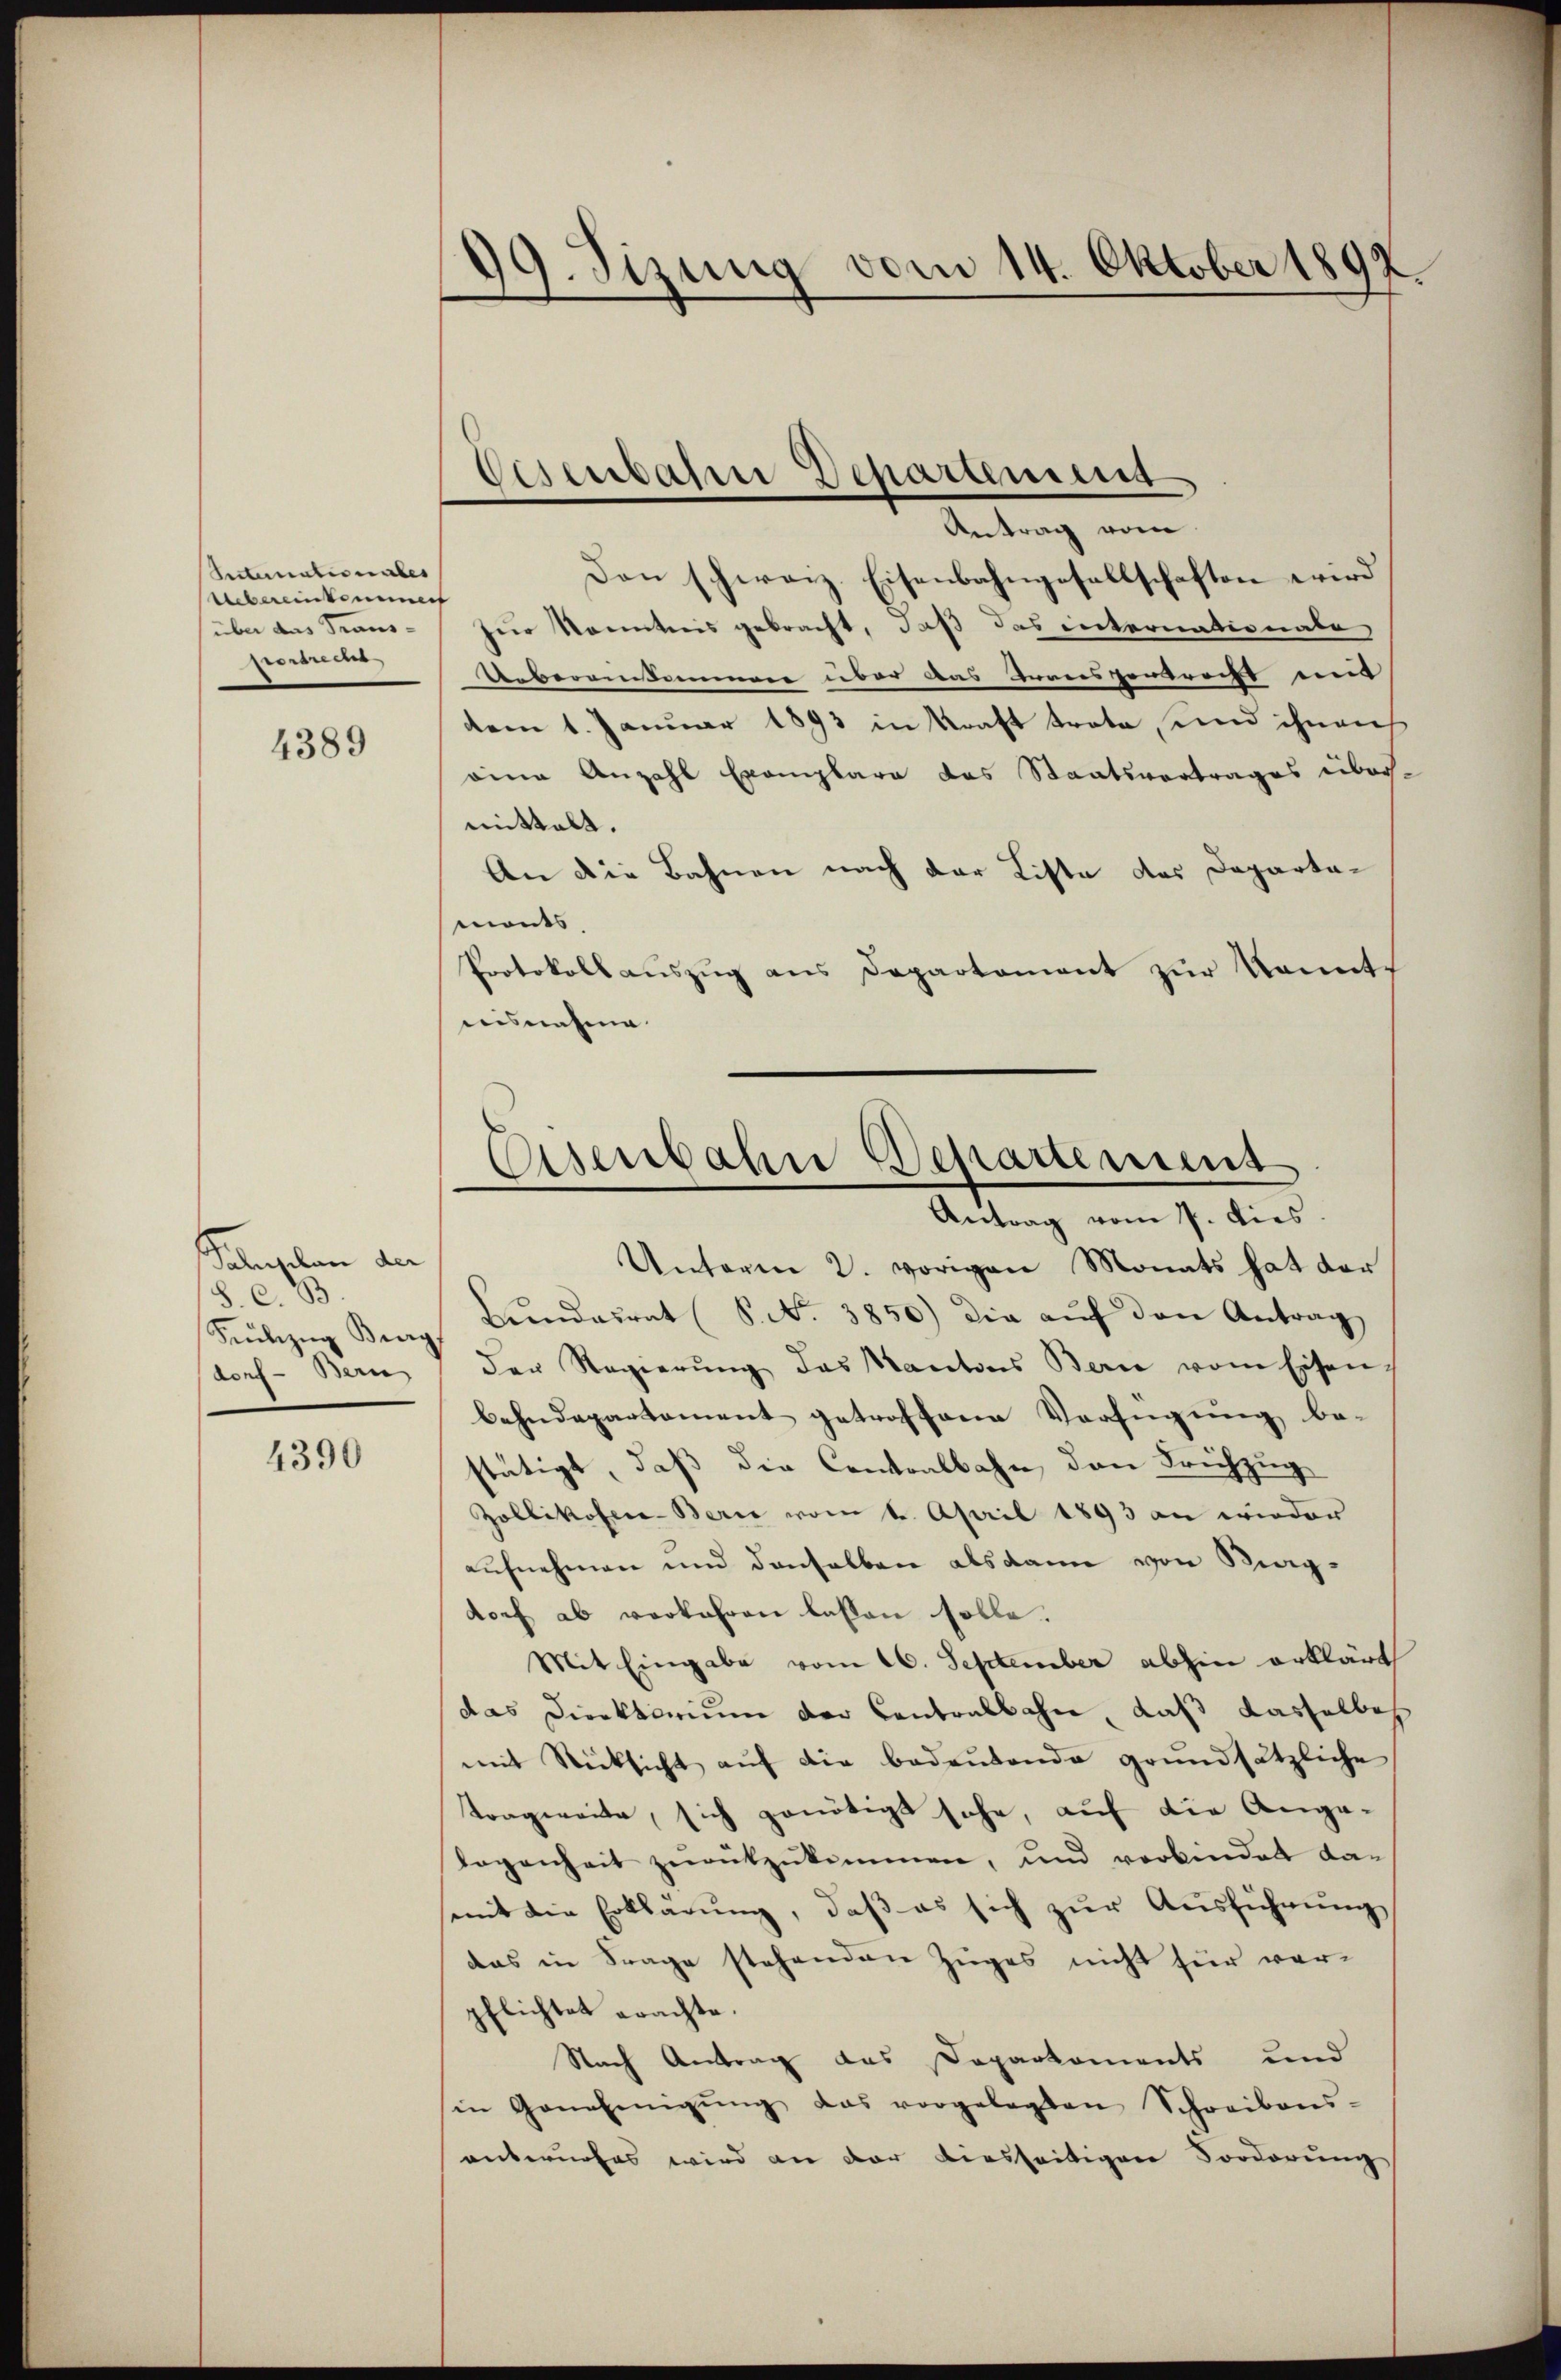
Sectemationales
Uebereinkommen
über das Trans-
Verbreche

4389

Saliselon der
8. C. B
Seübezŭg Bieg
dorf - Bern

4390

Den schweiz. Eisenbahngesellschaften wird
fer kanntnis gebracht, daß das internationate,
Ueberaussammen über das Feriesverbrecht mi
dem 1. Januar 1893 in Kraft trete, und ihnen
eine Anzahl Exemplare das Staatsvertrages über-
mittelt.
An die Bahnen nach der Liste das Departamonts
Protokoll auszug aus Departement zur konnte
nisnahme
Unterm 2. vorigen Monats hat der
Bŭndesrat (S. No. 3850) die aŭf den Antrag
der Regierŭng das Kantons Bern vom Eisen,
behndepartement getroffene Verfügung be-
stätigt, daß die Centralbahn, den Frühzug
Zollikofer-Berie vom 1. April 1893 an wieder
aufnehmen und denselben alsdann von Magdorf ab verfahren lassen solle.
Mit Eingabe vom 16. September abhin erklärt
das Direktorium der Cantonsbahn, daß dasselbes
mit Rücksicht aŭf die bedeŭtende grundsätzliche
Tragweite, sich genötigt sehe, auf die Angalogenheit zurükzukommen, und verbindet da-
mit die Erklärŭng, daβ es sich zŭr Aŭsführŭng
das in Frage stehenden Zuges nicht für verpflichtet erachte.
Nach Antrag das Daparkoments und
in Genehmigŭng das vorgelegten Schreibens-
anberufes wird an der diesseitigen Forderung

99. Sizung vom 14. Oktober 1892.

Cosenbahre Departement
Antrag vom

Eisenbahn Departement
Antrag vom 7. dies